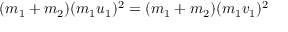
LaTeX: ( m _ { 1 } + m _ { 2 } ) ( m _ { 1 } u _ { 1 } ) ^ { 2 } = ( m _ { 1 } + m _ { 2 } ) ( m _ { 1 } v _ { 1 } ) ^ { 2 } \,